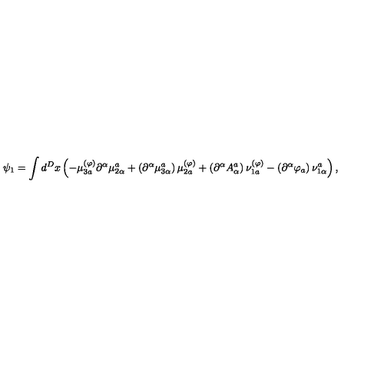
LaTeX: \psi _ { 1 } = \int d ^ { D } x \left( - \mu _ { 3 a } ^ { ( \varphi ) } \partial ^ { \alpha } \mu _ { 2 \alpha } ^ { a } + \left( \partial ^ { \alpha } \mu _ { 3 \alpha } ^ { a } \right) \mu _ { 2 a } ^ { ( \varphi ) } + \left( \partial ^ { \alpha } A _ { \alpha } ^ { a } \right) \nu _ { 1 a } ^ { ( \varphi ) } - \left( \partial ^ { \alpha } \varphi _ { a } \right) \nu _ { 1 \alpha } ^ { a } \right) ,